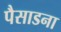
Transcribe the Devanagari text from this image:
पैसाडना